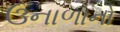
ઉનાળાનો